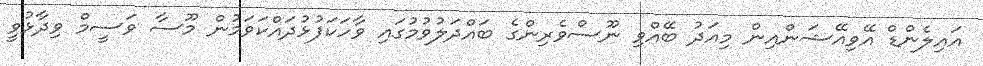
އައިލެންޑް އޭވިއޭޝަންއިން މިއަދު ބޭއްވި ނޫސްވެރިންގެ ބައްދަލުވުމުގައި ވާހަކަފުޅުދައްކަވަމުން މޫސާ ވަސީމް ވިދާޅުވީ